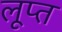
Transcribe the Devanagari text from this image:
लूप्त